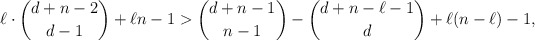
\begin{align*}\ell \cdot \binom{d+n-2}{d-1} + \ell n - 1 > \binom{d+n-1}{n-1} - \binom{d+n- \ell - 1}{d} + \ell (n- \ell) - 1,\end{align*}